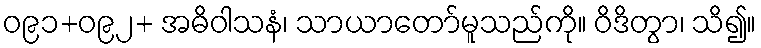
ဝ၉၁+ဝ၉၂+ အဓိဝါသနံ၊ သာယာတော်မူသည်ကို။ ဝိဒိတွာ၊ သိ၍။